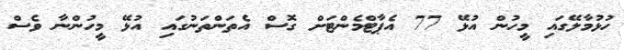
ހުޅުމާލޭގައި މީހުން އުޅޭ 77 އެޕާޓްމެންޓަށް ގޮސް އެތަންތަނުގައި އުޅޭ މީހުންނާ ވެސް